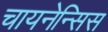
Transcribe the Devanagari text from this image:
चायनेन्सिस